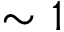
\sim 1